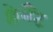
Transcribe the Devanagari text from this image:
क्लेमैंट